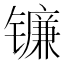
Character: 镰